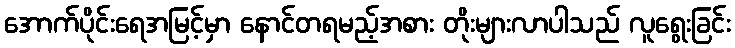
အောက်ပိုင်းရေအမြင့်မှာ နောင်တရမည့်အစား တိုးများလာပါသည် လူရွေးခြင်း